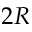
2 R